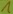
Text: 1